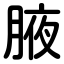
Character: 腋